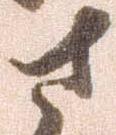
左